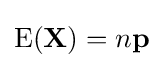
\operatorname {E} (\mathbf {X} )=n\mathbf {p}